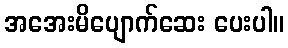
အအေးမိပျောက်ဆေး ပေးပါ။